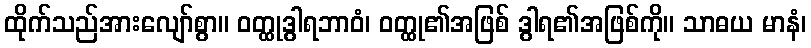
ထိုက်သည်အားလျော်စွာ။ ဝတ္ထုဒွါရဘာဝံ၊ ဝတ္ထု၏အဖြစ် ဒွါရ၏အဖြစ်ကို။ သာဓယ မာနံ၊